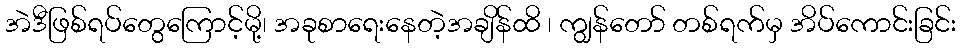
အဲဒီဖြစ်ရပ်တွေကြောင့်မို့၊ အခုစာရေးနေတဲ့အချိန်ထိ ၊ ကျွန်တော် တစ်ရက်မှ အိပ်ကောင်းခြင်း